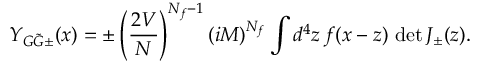
Y _ { G \tilde { G } \pm } ( x ) = \pm \left( \frac { 2 V } { N } \right) ^ { N _ { f } - 1 } ( i M ) ^ { N _ { f } } \int d ^ { 4 } z \, f ( x - z ) \, \operatorname * { d e t } J _ { \pm } ( z ) .